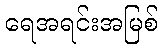
ရေအရင်းအမြစ်